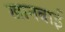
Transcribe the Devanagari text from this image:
खानबाई